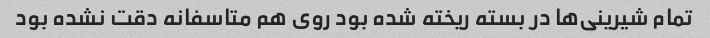
تمام شیرینی‌ها در بسته ریخته شده بود روی هم متاسفانه دقت نشده بود